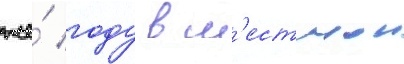
же́ году в м'естнои